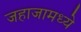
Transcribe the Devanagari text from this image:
जहाजामध्ये